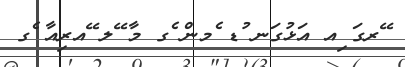
ޭރގަ ިއ އަޅުގަނ ުޑ ެމން ެގ މާ ޭލ ޭއރިއާ ެގ